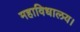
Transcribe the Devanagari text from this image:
महाविधालय।